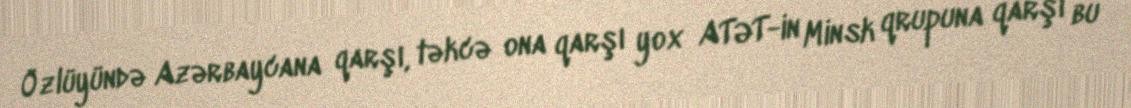
Özlüyündə Azərbaycana qarşı, təkcə ona qarşı yox ATƏT-in Minsk qrupuna qarşı bu